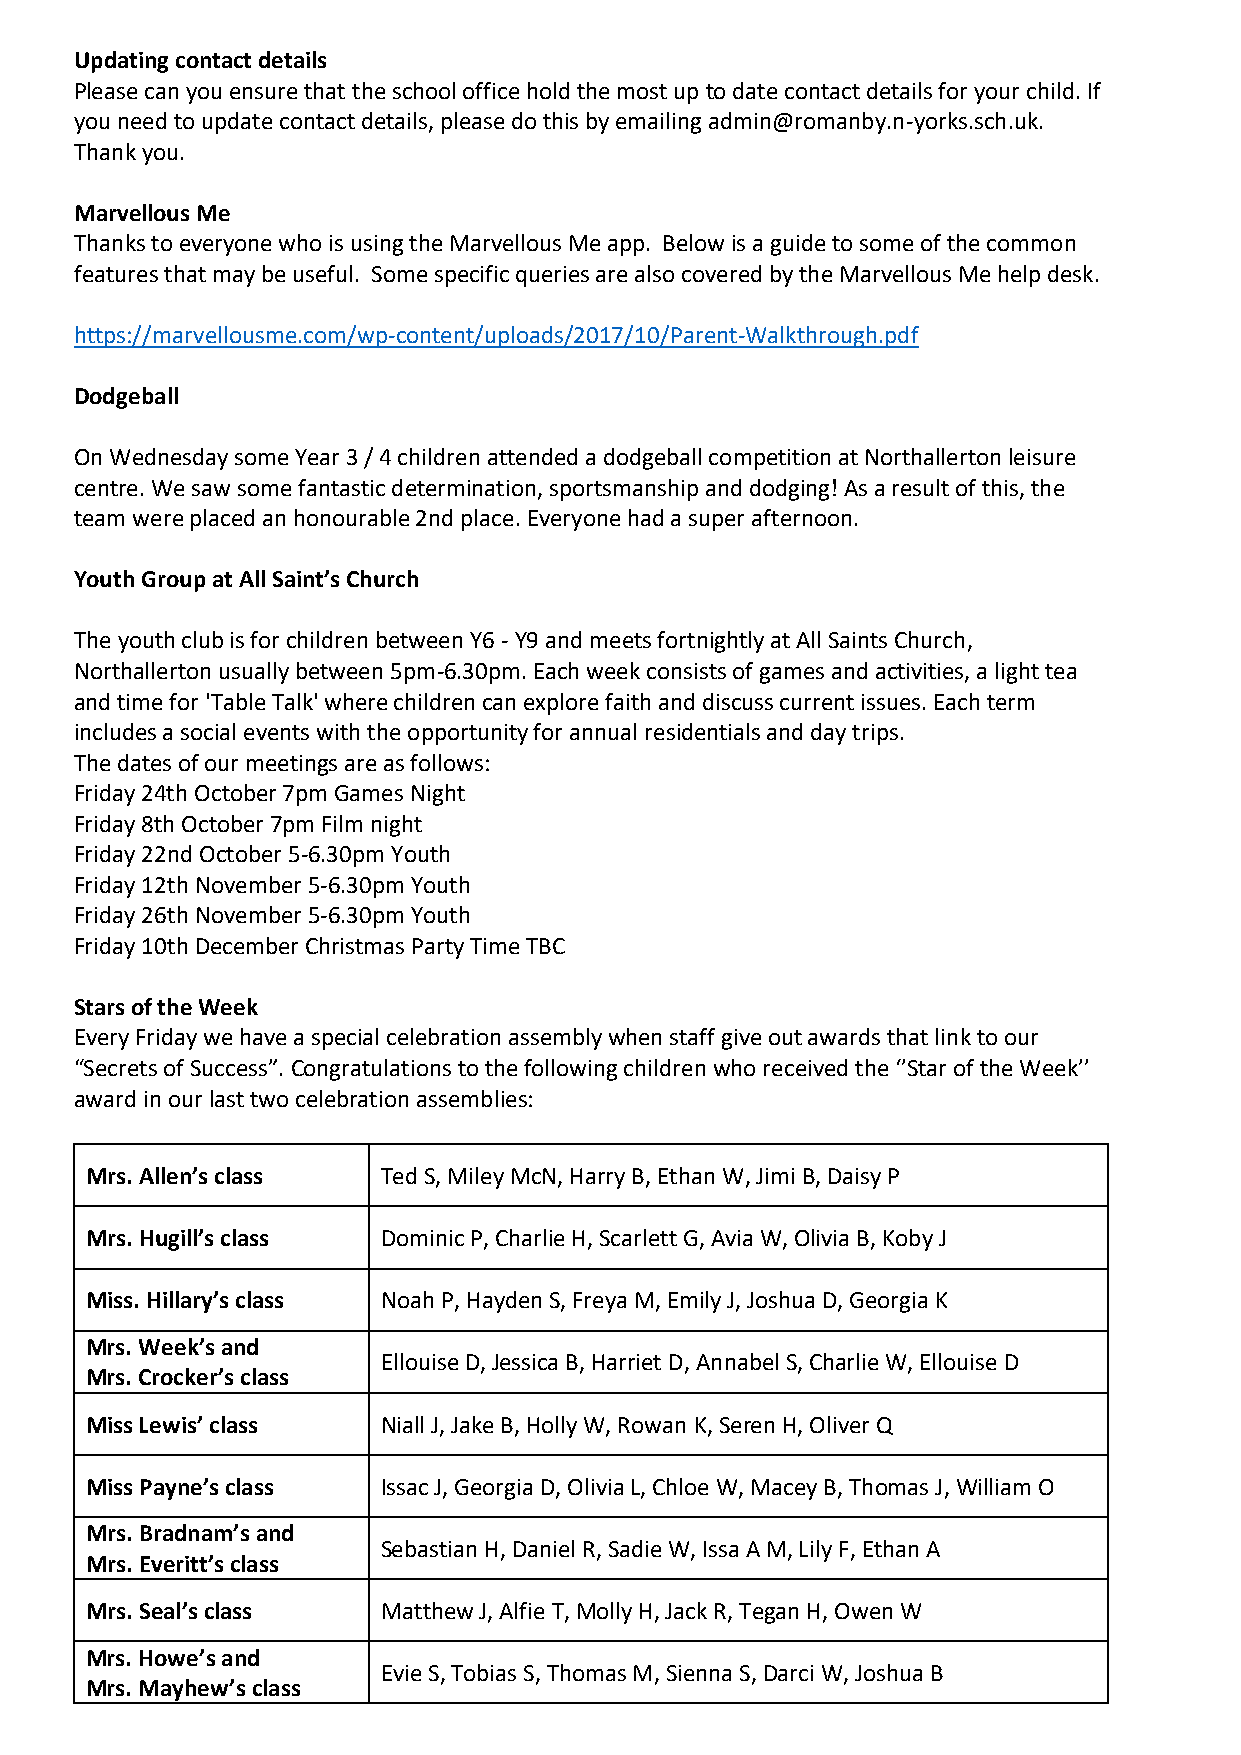
Updating contact details
 Please can you ensure that the school office hold the most up to date contact details for your child. If
 you need to update contact details, please do this by emailing admin@romanby.n-yorks.sch.uk.
 Thank you.
 Marvellous Me
 Thanks to everyone who is using the Marvellous Me app. Below is a guide to some of the common
 features that may be useful. Some specific queries are also covered by the Marvellous Me help desk.
 https://marvellousme.com/wp-content/uploads/2017/10/Parent-Walkthrough.pdf
 Dodgeball
 On Wednesday some Year 3 / 4 children attended a dodgeball competition at Northallerton leisure
 centre. We saw some fantastic determination, sportsmanship and dodging! As a result of this, the
 team were placed an honourable 2nd place. Everyone had a super afternoon.
 Youth Group at All Saint’s Church
 The youth club is for children between Y6 - Y9 and meets fortnightly at All Saints Church,
 Northallerton usually between 5pm-6.30pm. Each week consists of games and activities, a light tea
 and time for 'Table Talk' where children can explore faith and discuss current issues. Each term
 includes a social events with the opportunity for annual residentials and day trips.
 The dates of our meetings are as follows:
 Friday 24th October 7pm Games Night
 Friday 8th October 7pm Film night
 Friday 22nd October 5-6.30pm Youth
 Friday 12th November 5-6.30pm Youth
 Friday 26th November 5-6.30pm Youth
 Friday 10th December Christmas Party Time TBC
 Stars of the Week
 Every Friday we have a special celebration assembly when staff give out awards that link to our
 “Secrets of Success”. Congratulations to the following children who received the ‘’Star of the Week’’
 award in our last two celebration assemblies:
 Mrs. Allen’s class Ted S, Miley McN, Harry B, Ethan W, Jimi B, Daisy P
 Mrs. Hugill’s class Dominic P, Charlie H, Scarlett G, Avia W, Olivia B, Koby J
 Miss. Hillary’s class Noah P, Hayden S, Freya M, Emily J, Joshua D, Georgia K
 Mrs. Week’s and
 Ellouise D, Jessica B, Harriet D, Annabel S, Charlie W, Ellouise D
 Mrs. Crocker’s class
 Miss Lewis’ class  Niall J, Jake B, Holly W, Rowan K, Seren H, Oliver Q
 Miss Payne’s class Issac J, Georgia D, Olivia L, Chloe W, Macey B, Thomas J, William O
 Mrs. Bradnam’s and
 Sebastian H, Daniel R, Sadie W, Issa A M, Lily F, Ethan A
 Mrs. Everitt’s class
 Mrs. Seal’s class  Matthew J, Alfie T, Molly H, Jack R, Tegan H, Owen W
 Mrs. Howe’s and
 Evie S, Tobias S, Thomas M, Sienna S, Darci W, Joshua B
 Mrs. Mayhew’s class